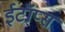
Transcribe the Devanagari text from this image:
ईटॉप्स